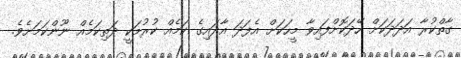
ގާތްކުރާ އަދަދަކަށް ހޭދަކޮށްފައިވާ މީހަކަށް އެފަދަ އާދައިގެ ކަމެއް ކުރުމަކީ ދަތިކަމެއް ނޫންކަމަށެވެ.